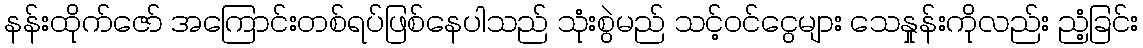
နန်းထိုက်ဇော် အကြောင်းတစ်ရပ်ဖြစ်နေပါသည် သုံးစွဲမည် သင့်ဝင်ငွေများ သေနှုန်းကိုလည်း ညံ့ခြင်း